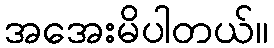
အအေးမိပါတယ်။